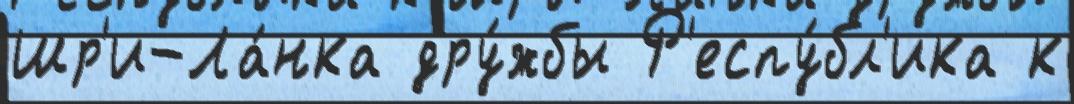
Шр'и-Ла́нка дру́жбы Р'еспу́бл'ика к